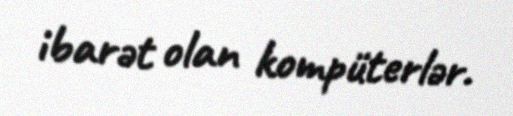
ibarət olan kompüterlər.